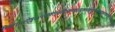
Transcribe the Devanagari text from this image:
ग्यिग्य्र्७ऐइ७५ख्फ्त्७दित्र्क्य्फ्फ्र्य्र्क्च्त्क्दुत्फ्दुय्फ्य्फुत्फ्द्ग्फ्त्५त्च्तुद्७फुत्दु५ए